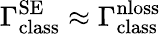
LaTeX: \Gamma_{\mathrm{class}}^{\mathrm{SE}}\approx\Gamma_{\mathrm{class}}^{\mathrm{nloss}}